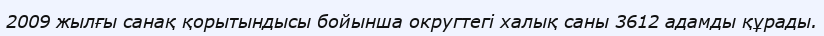
2009 жылғы санақ қорытындысы бойынша округтегі халық саны 3612 адамды құрады.